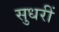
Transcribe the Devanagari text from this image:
सुधरीं